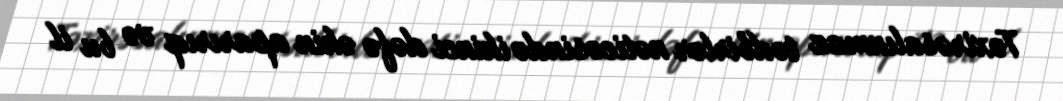
Təxirəsalınmaz tədbirlər nəticəsində ikinci dəfə əkin aparırıq və bu il